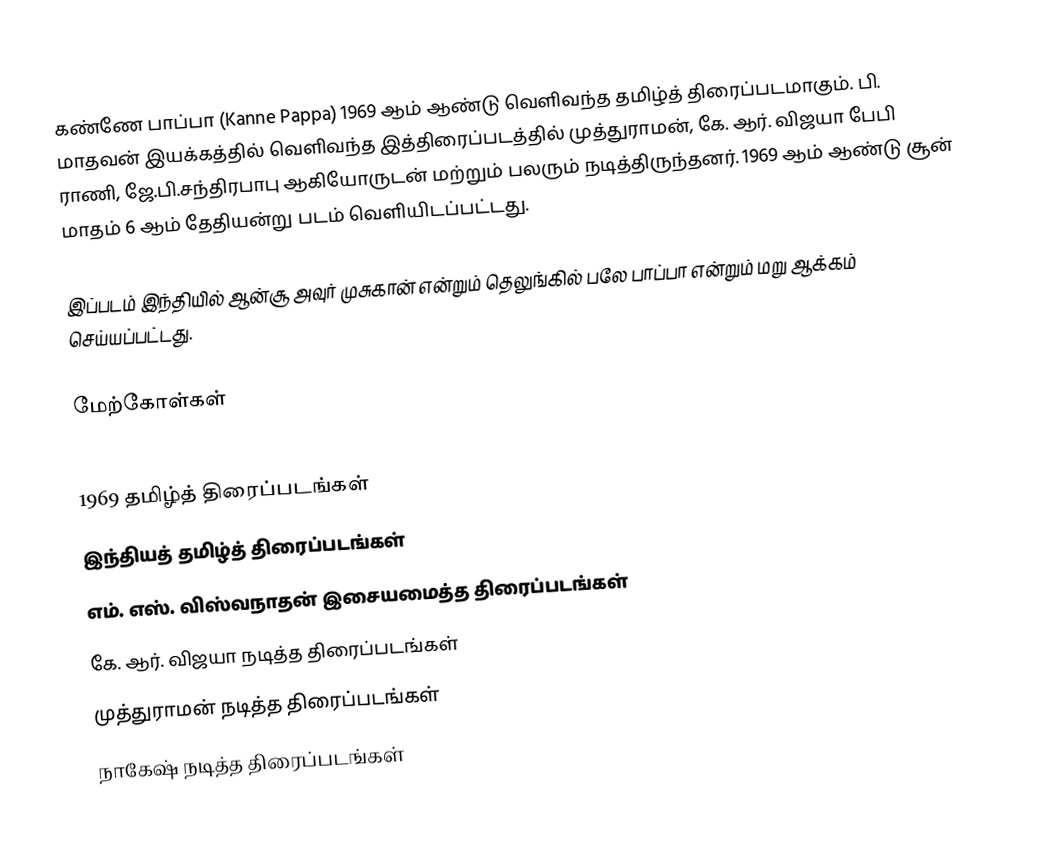
கண்ணே பாப்பா (Kanne Pappa) 1969 ஆம் ஆண்டு வெளிவந்த தமிழ்த் திரைப்படமாகும். பி. மாதவன் இயக்கத்தில் வெளிவந்த இத்திரைப்படத்தில் முத்துராமன், கே. ஆர். விஜயா பேபி ராணி, ஜே.பி.சந்திரபாபு ஆகியோருடன் மற்றும் பலரும் நடித்திருந்தனர். 1969 ஆம் ஆண்டு சூன் மாதம் 6 ஆம் தேதியன்று படம் வெளியிடப்பட்டது.

இப்படம் இந்தியில் ஆன்சூ அவுர் முசுகான் என்றும் தெலுங்கில் பலே பாப்பா என்றும் மறு ஆக்கம் செய்யப்பட்டது.

மேற்கோள்கள்

1969 தமிழ்த் திரைப்படங்கள்
இந்தியத் தமிழ்த் திரைப்படங்கள்
எம். எஸ். விஸ்வநாதன் இசையமைத்த திரைப்படங்கள்
கே. ஆர். விஜயா நடித்த திரைப்படங்கள்
முத்துராமன் நடித்த திரைப்படங்கள்
நாகேஷ் நடித்த திரைப்படங்கள்